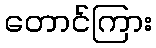
တောင်ကြား